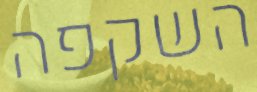
השקפה